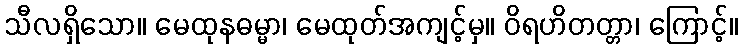
သီလရှိသော။ မေထုနဓမ္မာ၊ မေထုတ်အကျင့်မှ။ ဝိရဟိတတ္တာ၊ ကြောင့်။